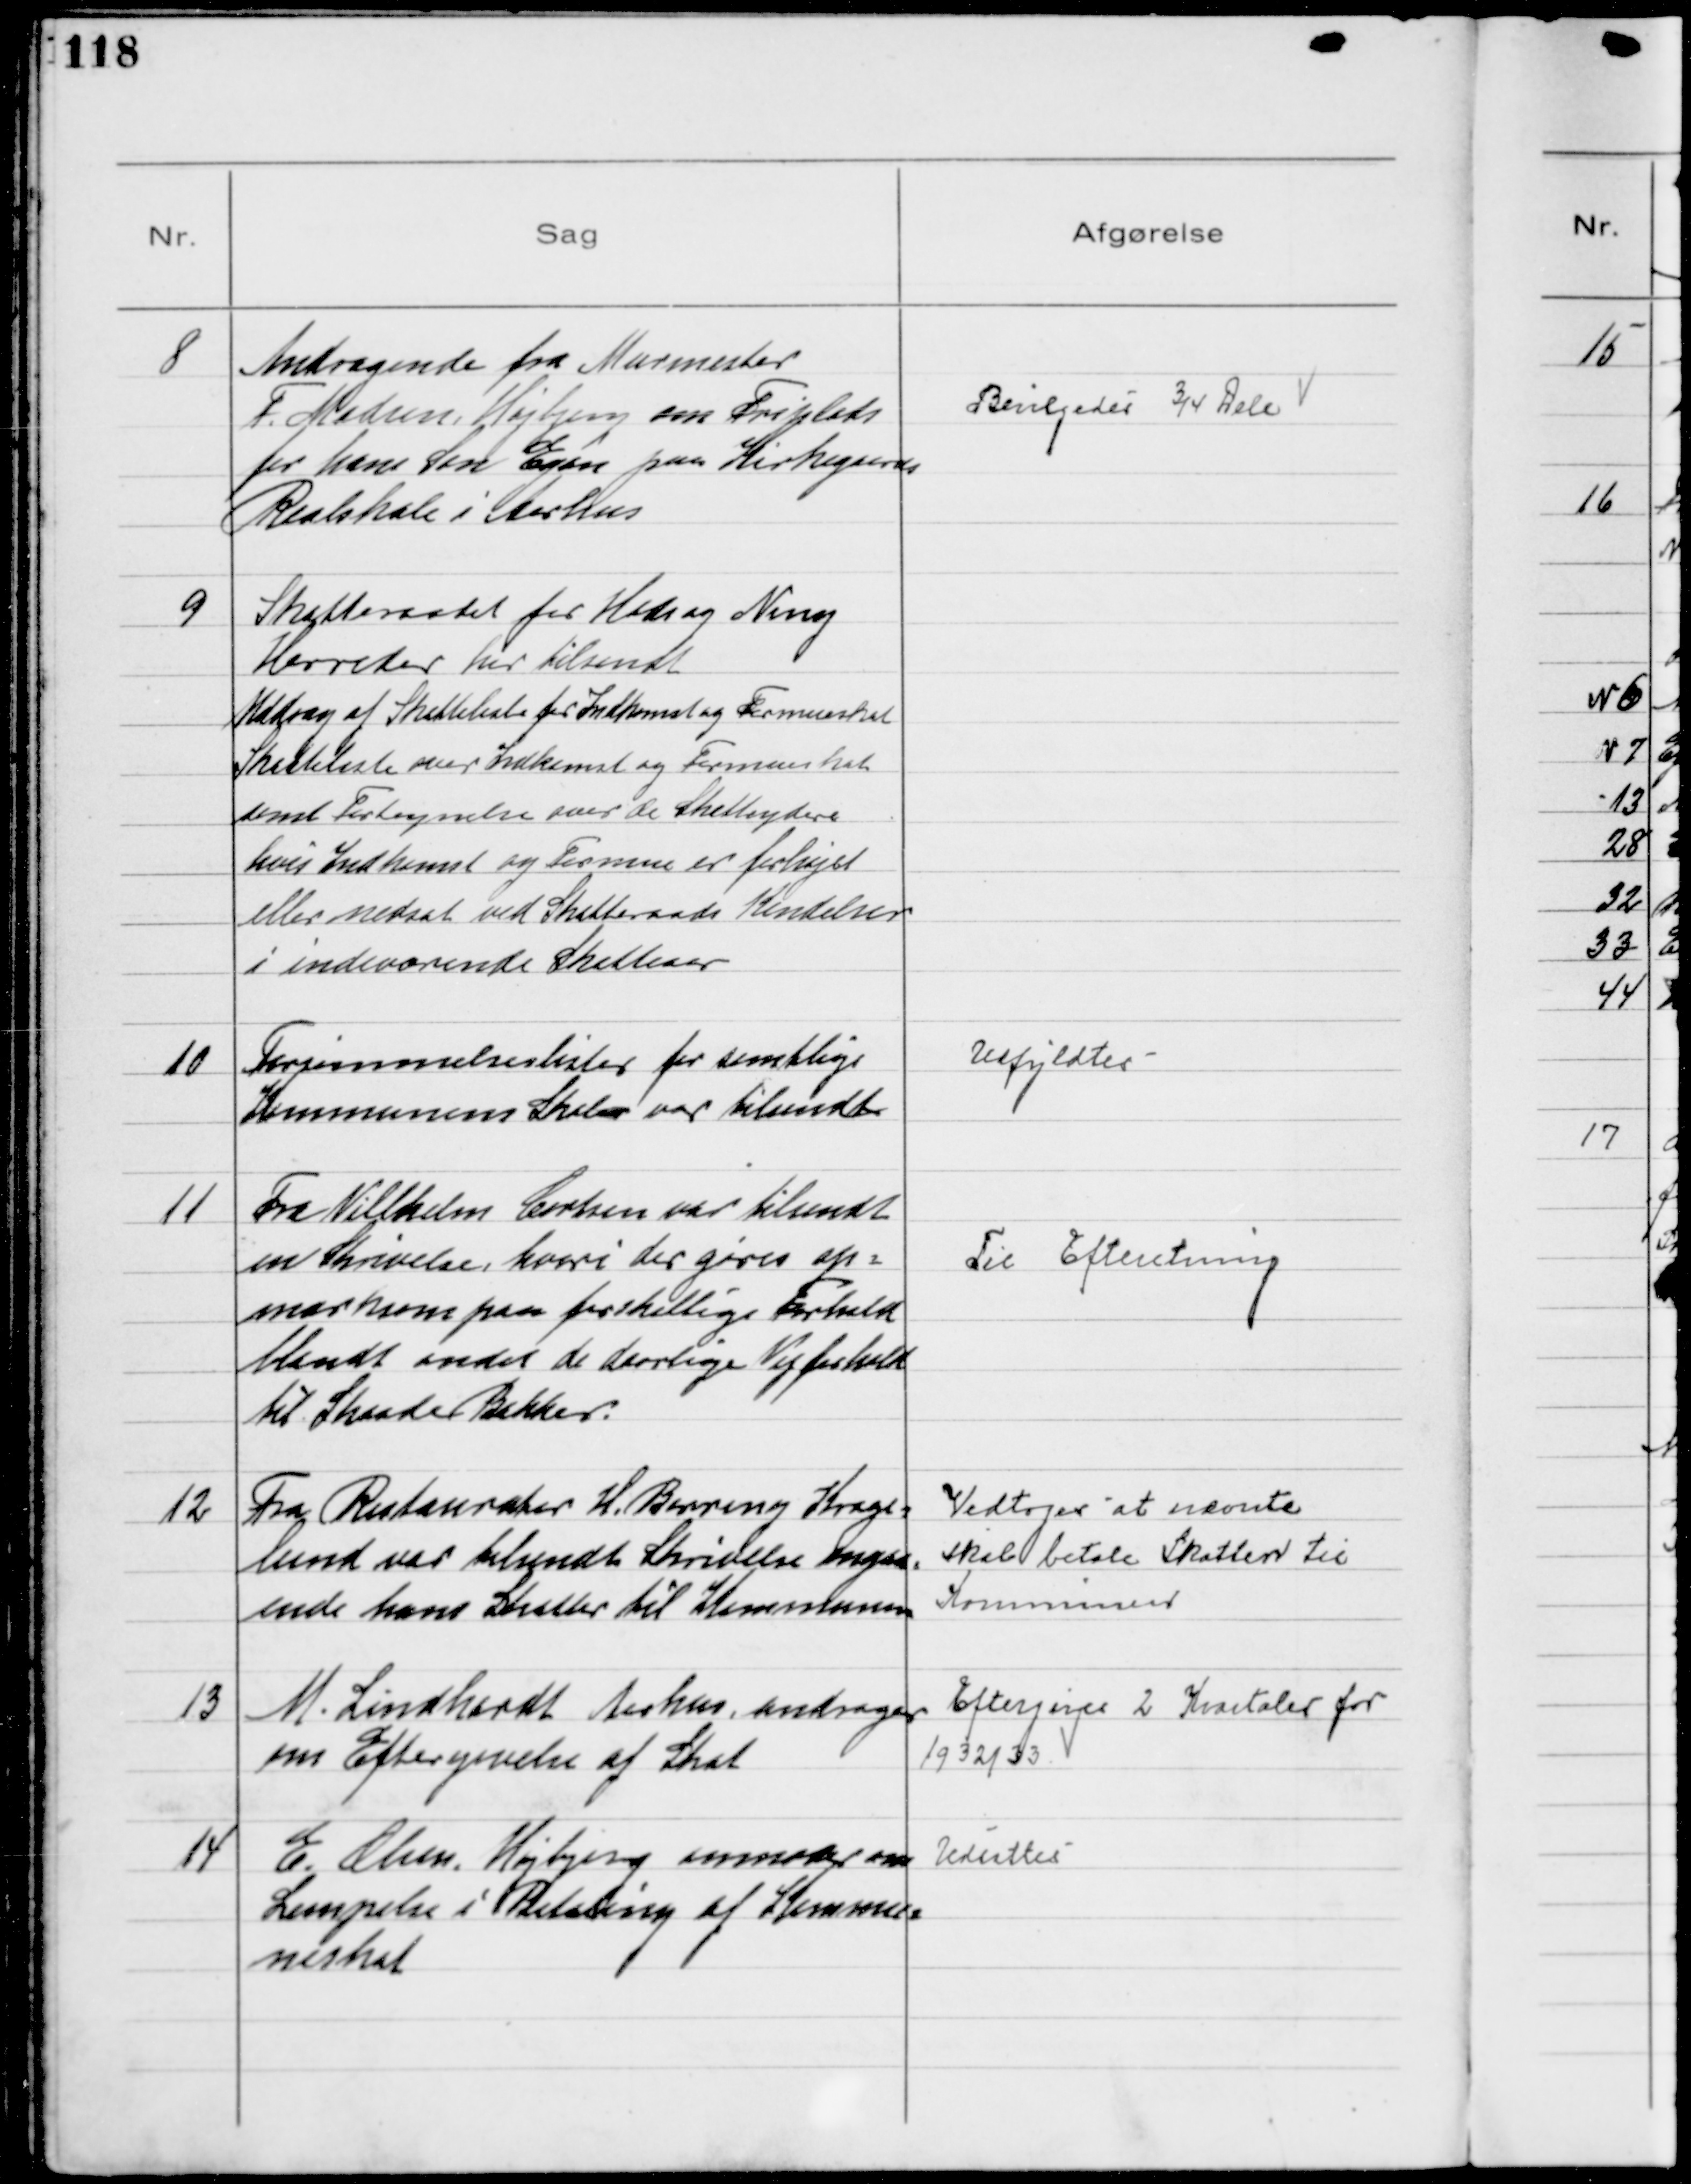
Transskription:
8
Andragende fra Murmester
F. Madsen Højbjerg om Friplads
for hans Søn Egon paa Kirkegaards
Realskole i Aarhus

Bevilgedes ¾ Dele

9
Skatteraadet for Hads og Ning
Herreder har tilsendt
Uddrag af Skattelister for Indkomst og Formueskat
Skatteliste over Indkomst og Formueskat
samt Fortegnelse over de Skatteydere
hvis Indkomst og Formue er forhøjet
eller nedsat ved Skatteraads Kendelser
i indeværende Skatteaar

10
Forsømmelseslister for samtlige
Kommunens Skoler var tilsendt

Udfyldtes

11
Fra Vilhelm Carlsen var tilsendt
en Skrivelse, hvori der gøres op=
mærksom paa forskellige Forhold
blandt andet de daarlige Vejforhold
til Skaade Bakker.

Til Efteretning

12
Fra Restauratør H. Berring Krage=
lund var tilsendt Skrivelse angaa=
ende hans Skatter til Kommunen

Vedtoges at nævnte
skal betale Skatten til
Kommunen

13
M. Lindhardt Aarhus, andrager
om Eftergivelse af Skat

Eftergives 2 Kvartaler for
1932/33

14
E. Olsen, Højbjerg anmoder om
Lempelse i Betaling af Kommu=
neskat

Udsattes